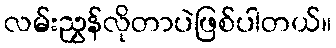
လမ်းညွှန်လိုတာပဲဖြစ်ပါတယ်။